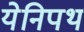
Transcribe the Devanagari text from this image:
येनिपथ